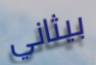
بيثاني